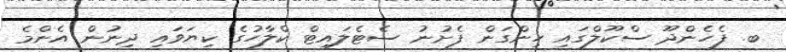
ބ. ފެހެންދޫ ސްކޫލްގައި ހިންގަން ފެށުނު ސެޓެލައިޓް ކްލާހުގެ ކިޔަވައި ދިނުން އެންމެ